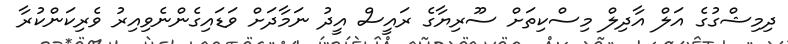
ދިމިޝްގުގެ އަލް އާދިލް މިސްކިތަށް ސޫރިޔާގެ ރައީސް އީދު ނަމާދަށް ވަޑައިގެންނެވިއިރު ވެރިކަންކުރާ